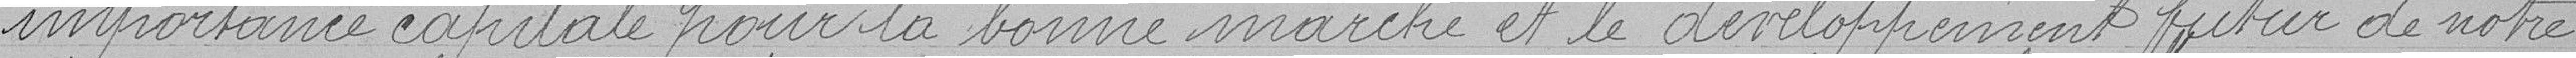
importance capitale pour la bonne marche et le développement futur de notre